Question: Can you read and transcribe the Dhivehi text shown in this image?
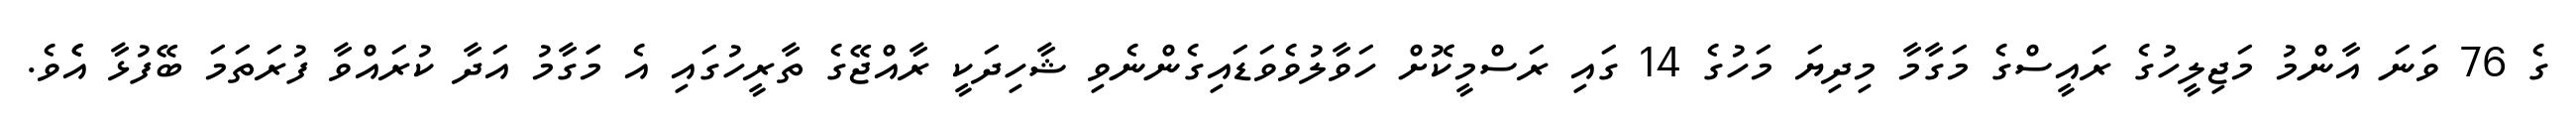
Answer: ގެ 76 ވަނަ އާންމު މަޖިލީހުގެ ރައީސްގެ މަގާމާ މިދިޔަ މަހުގެ 14 ގައި ރަސްމީކޮށް ހަވާލުވެވަޑައިގެންނެވި ޝާހިދަކީ ރާއްޖޭގެ ތާރީހުގައި އެ މަަގާމު އަދާ ކުރައްވާ ފުރަތަމަ ބޭފުޅާ އެެވެ.